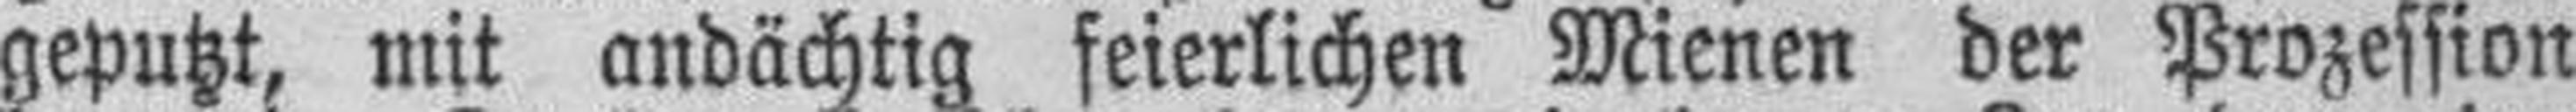
geputzt, mit andächtig feierlichen Mienen der Prozession